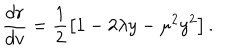
LaTeX: \frac { d r } { d v } = \frac { 1 } { 2 } \left[ 1 - 2 \lambda y - \mu ^ { 2 } y ^ { 2 } \right] .